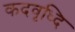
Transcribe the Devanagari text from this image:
कदवृध्दि